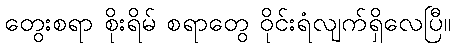
တွေးစရာ စိုးရိမ် စရာတွေ ဝိုင်းရံလျက်ရှိလေပြီ။